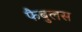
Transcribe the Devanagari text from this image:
फैबुलस